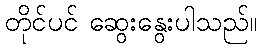
တိုင်ပင် ဆွေးနွေးပါသည်။